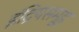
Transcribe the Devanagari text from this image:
इंद्रियसमूह